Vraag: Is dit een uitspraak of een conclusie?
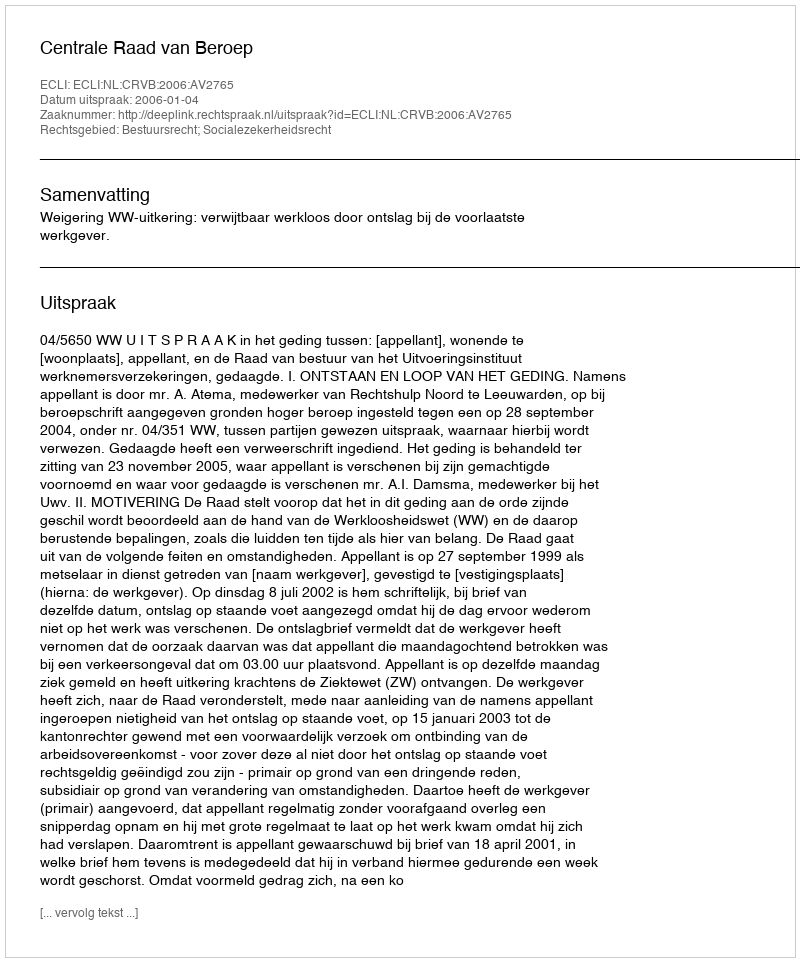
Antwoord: Uitspraak